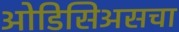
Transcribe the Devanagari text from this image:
ओडिसिअसचा